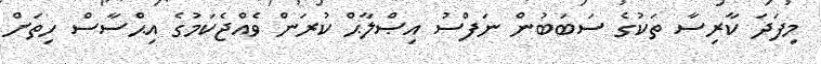
މިފަދަ ކާރިސާ ތަކުގެ ސަބަބުން ނަފްސު އިޞްލާޙް ކުރަން ވެއްޖެކަމުގެ އިޙްސާސް ހިތަށް